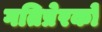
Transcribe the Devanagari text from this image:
गतिप्रेरकों